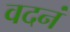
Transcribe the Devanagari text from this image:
वदनं